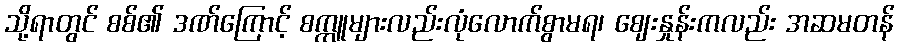
သို့ရာတွင် စစ်၏ ဒဏ်ကြောင့် စက္ကူများလည်းလုံလောက်စွာမရ၊ ဈေးနှုန်းကလည်း အဆမတန်